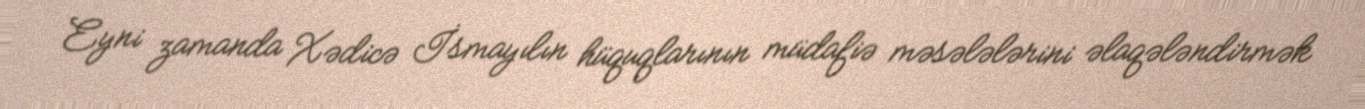
Eyni zamanda Xədicə İsmayılın hüquqlarının müdafiə məsələlərini əlaqələndirmək